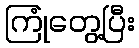
ကြုံတွေ့ပြီး